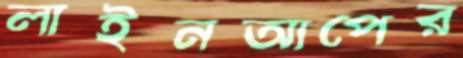
লাইনআপের